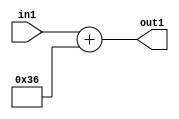
`timescale 1ps / 1ps
/*****************************************************************************
    Verilog RTL Description
    
    
    Created by: Stratus DpOpt 2019.1.01 
*******************************************************************************/

module DC_Filter_Add_12U_168_1 (
	in1,
	out1
	); /* architecture "behavioural" */ 
input [11:0] in1;
output [11:0] out1;
wire [11:0] asc001;

assign asc001 = 
	+(in1)
	+(12'B000000110110);

assign out1 = asc001;
endmodule

/* CADENCE  urnxSQ8= : u9/ySgnWtBlWxVPRXgAZ4Og= ** DO NOT EDIT THIS LINE ******/